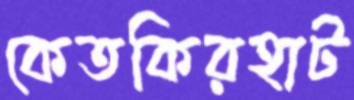
কেতকিরহাট